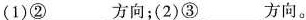
(1)②___方向；(2)③___方向。